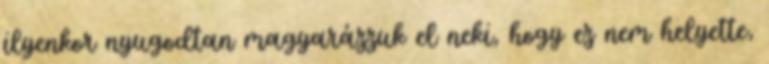
ilyenkor nyugodtan magyarázzuk el neki, hogy ez nem helyette,